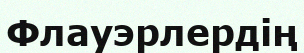
Флауэрлердің